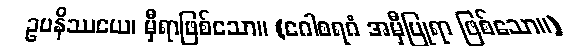
ဥပနိဿယေ၊ မှီရာဖြစ်သော။ (ဂေါစရဂံ အမှီပြုရာ ဖြစ်သော။)